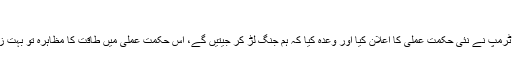
‘‘
۲۰۱۷ء میں امریکا کے صدر ٹرمپ نے نئی حکمت عملی کا اعلان کیا اور وعدہ کیا کہ ہم جنگ لڑ کر جیتیں گے، اس حکمت عملی میں طاقت کا مظاہرہ تو بہت زیادہ تھا لیکن سفارت کاری کم۔